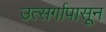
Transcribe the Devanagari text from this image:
उत्सर्गापासून